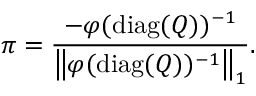
\pi = { \frac { - \varphi ( \operatorname { d i a g } ( Q ) ) ^ { - 1 } } { \left\| \varphi ( \operatorname { d i a g } ( Q ) ) ^ { - 1 } \right\| _ { 1 } } } .